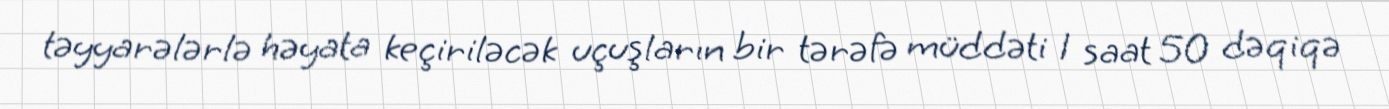
təyyarələrlə həyata keçiriləcək uçuşların bir tərəfə müddəti 1 saat 50 dəqiqə